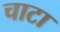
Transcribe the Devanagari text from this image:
चाटा